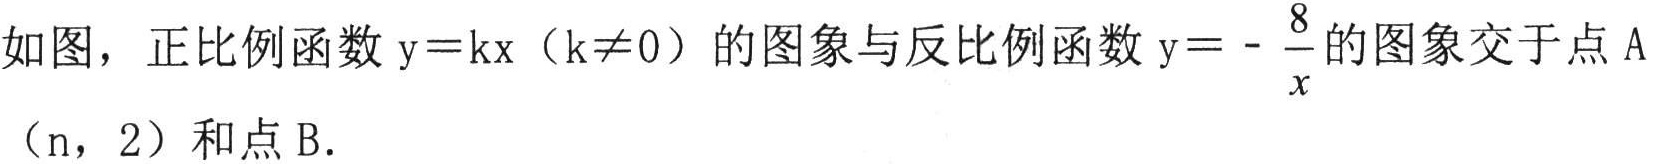
如图，正比例函数\(y = kx（k\neq0）\)的图象与反比例函数\(y = -\dfrac{8}{x}\)的图象交于点\(A\)（\(n\)，\(2\)）和点\(B\).